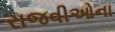
રાજવીઓના